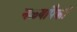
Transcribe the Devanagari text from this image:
नळ्यांपैकी